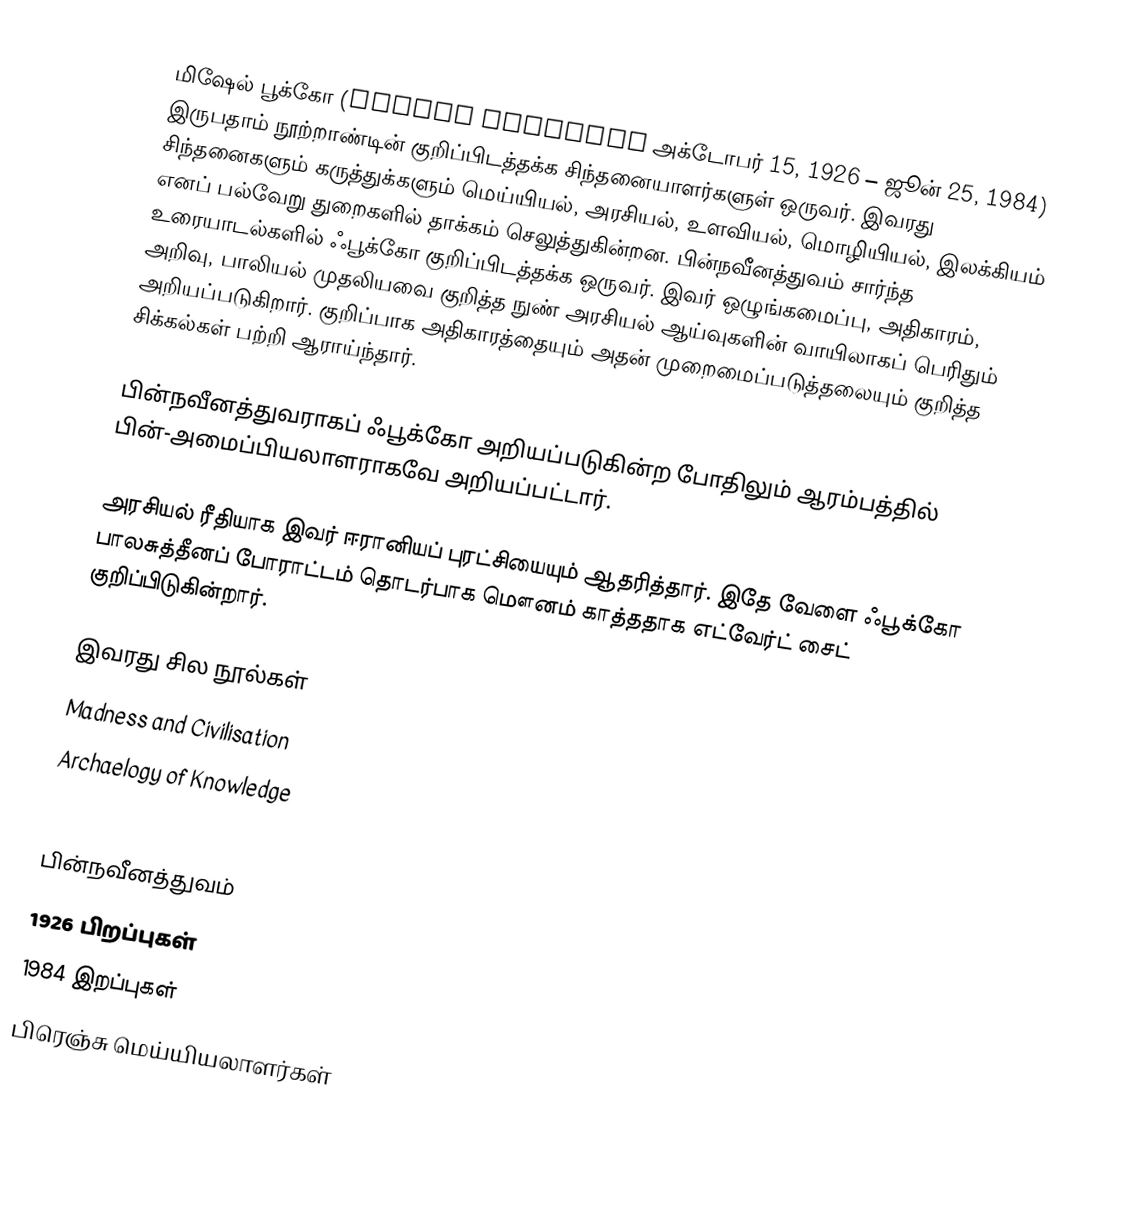
மிஷேல் பூக்கோ (Michel Foucault அக்டோபர் 15, 1926 – ஜூன் 25, 1984) இருபதாம் நூற்றாண்டின் குறிப்பிடத்தக்க சிந்தனையாளர்களுள் ஒருவர். இவரது சிந்தனைகளும் கருத்துக்களும் மெய்யியல், அரசியல், உளவியல், மொழியியல், இலக்கியம் எனப் பல்வேறு துறைகளில் தாக்கம் செலுத்துகின்றன. பின்நவீனத்துவம் சார்ந்த உரையாடல்களில் ஃபூக்கோ குறிப்பிடத்தக்க ஒருவர். இவர் ஒழுங்கமைப்பு, அதிகாரம், அறிவு, பாலியல் முதலியவை குறித்த நுண் அரசியல் ஆய்வுகளின் வாயிலாகப் பெரிதும் அறியப்படுகிறார். குறிப்பாக அதிகாரத்தையும் அதன் முறைமைப்படுத்தலையும் குறித்த சிக்கல்கள் பற்றி ஆராய்ந்தார்.

பின்நவீனத்துவராகப் ஃபூக்கோ அறியப்படுகின்ற போதிலும் ஆரம்பத்தில் பின்-அமைப்பியலாளராகவே அறியப்பட்டார்.

அரசியல் ரீதியாக இவர் ஈரானியப் புரட்சியையும் ஆதரித்தார். இதே வேளை ஃபூக்கோ பாலசுத்தீனப் போராட்டம் தொடர்பாக மௌனம் காத்ததாக எட்வேர்ட் சைட் குறிப்பிடுகின்றார்.

இவரது சில நூல்கள்
 Madness and Civilisation
 Archaelogy of Knowledge
 Disipline & Punish: the Origin of Prison

பின்நவீனத்துவம்
1926 பிறப்புகள்
1984 இறப்புகள்
பிரெஞ்சு மெய்யியலாளர்கள்